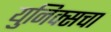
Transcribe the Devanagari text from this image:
युनिक्सचा